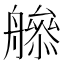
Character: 𦪜